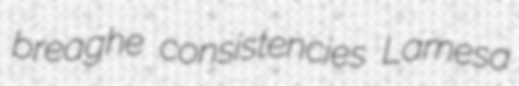
breaghe consistencies Lamesa